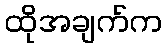
ထိုအချက်က